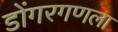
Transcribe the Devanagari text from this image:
डोंगरगणला